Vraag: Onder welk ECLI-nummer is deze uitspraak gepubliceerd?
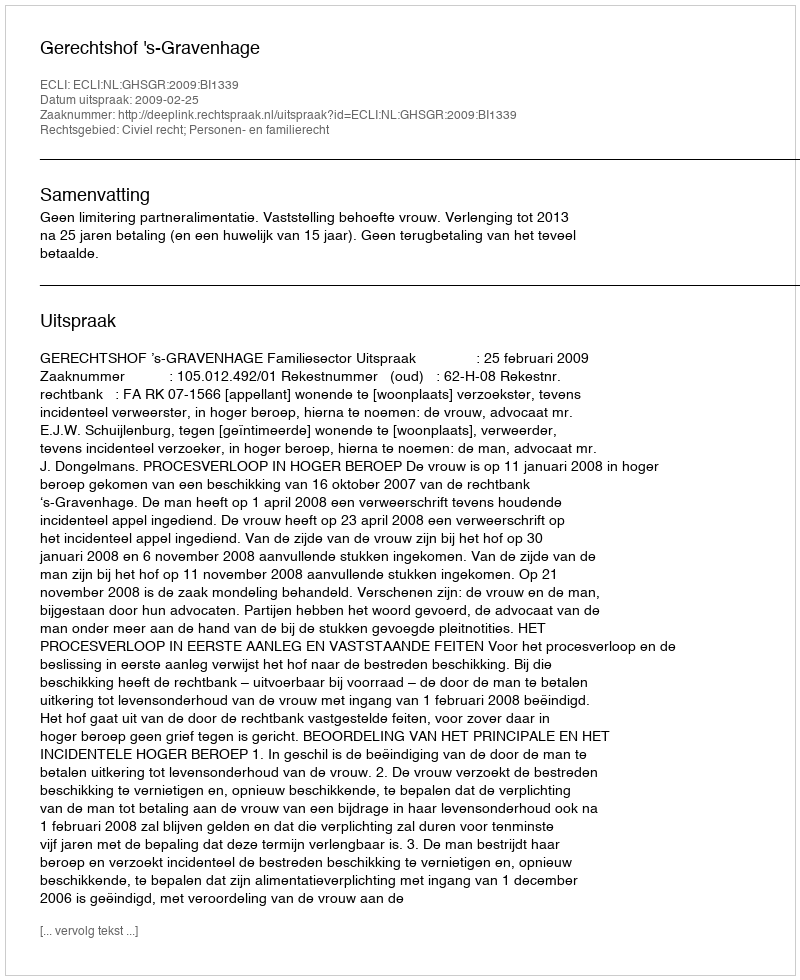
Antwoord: ECLI:NL:GHSGR:2009:BI1339